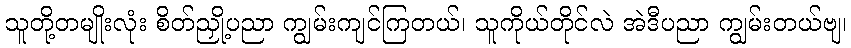
သူတို့တမျိုးလုံး စိတ်ညှို့ပညာ ကျွမ်းကျင်ကြတယ်၊ သူကိုယ်တိုင်လဲ အဲဒီပညာ ကျွမ်းတယ်ဗျ၊